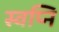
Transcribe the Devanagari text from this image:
स्वप्नि